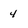
Character: 4